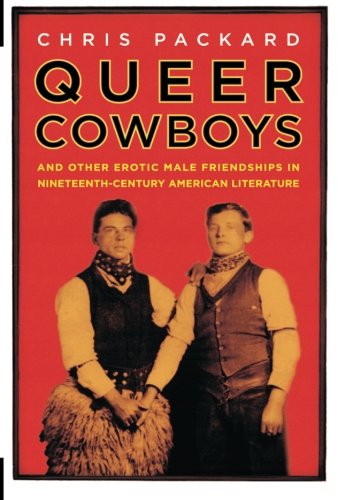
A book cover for Queer Cowboys: And Other Erotic Male Friendships in Nineteenth-Century American Literature; Chris Packard; Gay & Lesbian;